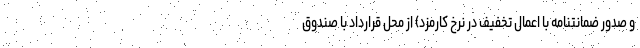
و صدور ضمانتنامه با اعمال تخفیف در نرخ کارمزد) از محل قرارداد با صندوق